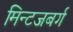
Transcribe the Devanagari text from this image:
मिन्टजबर्ग